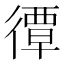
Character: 𢕯